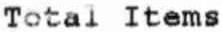
TOTAL ITEMS